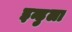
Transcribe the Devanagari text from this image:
इन्डुला